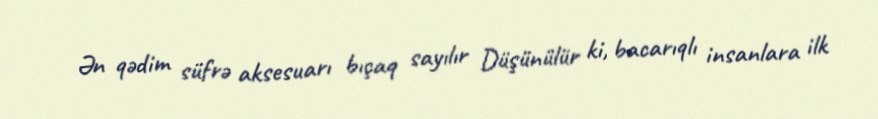
Ən qədim süfrə aksesuarı bıçaq sayılır Düşünülür ki, bacarıqlı insanlara ilk